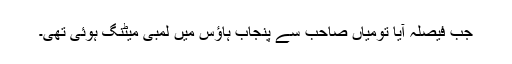
جب فیصلہ آیا تومیاں صاحب سے پنجاب ہاؤس میں لمبی میٹنگ ہوئی تھی۔